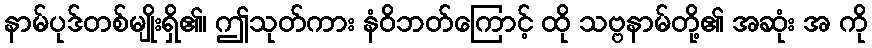
နာမ်ပုဒ်တစ်မျိုးရှိ၏၊ ဤသုတ်ကား နံဝိဘတ်ကြောင့် ထို သဗ္ဗနာမ်တို့၏ အဆုံး အ ကို